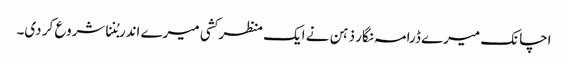
اچانک میرے ڈرامہ نگار ذہن نے ایک منظر کشی میرے اندر بُننا شروع کر دی۔